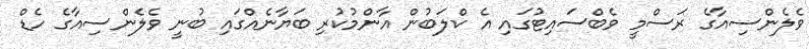
ވެލެންސިއާގެ ރަސްމީ ވެބްސައިޓުގައި އެ ކްލަބުން އާންމުކުރި ބަޔާނެއްގައި ބުނީ ވެލެންސިއާގެ ހެޑް